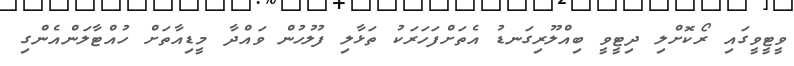
ވީޓީވީގައި ރޯކޮށްލި ދިޓީވީ ބިއްލޫރިގަނޑު އެތަށްފަހަރަކު ތަޅާލި ފުލުހުން ވައްދާ މީޑިއާތަށް ހުއްޓާލަންއެންގި